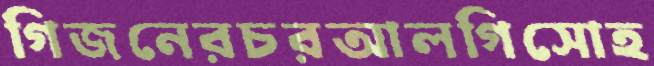
গিজনেরচরআলগিসোহ